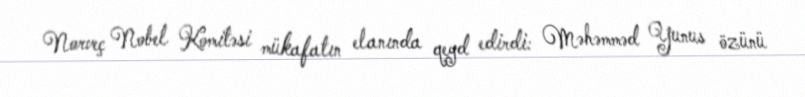
Norveç Nobel Komitəsi mükafatın elanında qeyd edirdi: Məhəmməd Yunus özünü